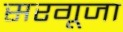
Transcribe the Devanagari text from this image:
सरगूजा